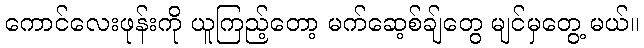
ကောင်လေးဖုန်းကို ယူကြည့်တော့ မက်ဆေ့စ်ချ်တွေ မျင်မှတွေ့ မယ်။